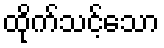
ထိုက်သင့်သော